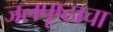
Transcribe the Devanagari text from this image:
जलपृष्ठाचा